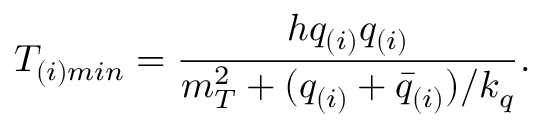
T _ { ( i ) m i n } = { \frac { h q _ { ( i ) } q _ { ( i ) } } { m _ { T } ^ { 2 } + ( q _ { ( i ) } + \bar { q } _ { ( i ) } ) / k _ { q } } } .